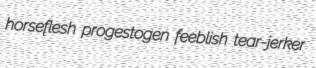
horseflesh progestogen feeblish tear-jerker